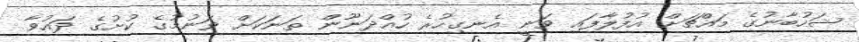
ޝަހުބާނުގެ މައްޗަށް އުފުލާފައި ވަނީ އެނގިހުރެ ހުއްދަނޫން ތަނަކަށް ވަނުމުގެ ކުށުގެ ދައުވާ